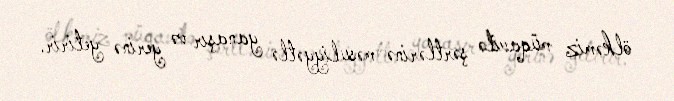
ölkəmiz müqavilə şərtlərinə məsuliyyətlə yanaşır və yerinə yetirir.